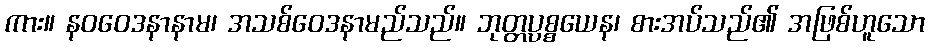
ကား။ နဝဝေဒနာနာမ၊ အသစ်ဝေဒနာမည်သည်။ ဘုတ္တပ္ပစ္စယေန၊ စားအပ်သည်၏ အဖြစ်ဟူသော